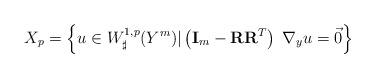
LaTeX: \begin{align*}X_p = \left\{ u \in W^{1,p}_\sharp(Y^m) | \left({\bf I}_m - {\bf R}{\bf R}^T\right) \; \nabla_y u = \vec{0} \right\}\end{align*}